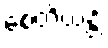
စေတိယန္တိ